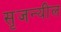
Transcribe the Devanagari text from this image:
सृजन्यील